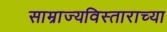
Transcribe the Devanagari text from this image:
साम्राज्यविस्ताराच्या